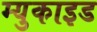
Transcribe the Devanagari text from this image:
म्युकाइड